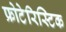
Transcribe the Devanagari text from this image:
फ्रोटेरिस्टिक